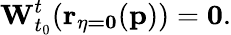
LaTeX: \mathbf{W}_{t_{0}}^{t}(\mathbf{r_{\eta=0}}(\mathbf{p}))=\mathbf{0}.